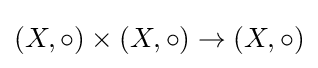
(X,\circ )\times (X,\circ )\to (X,\circ )